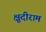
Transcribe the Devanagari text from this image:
क्षुदीराम